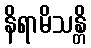
နိရာမိသန္တိ